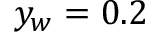
y _ { w } = 0 . 2